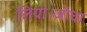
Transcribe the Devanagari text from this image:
लिया।जोधा